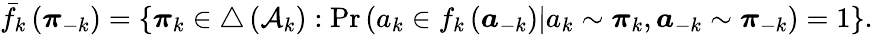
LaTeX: {\bar{f}}_{k}\left({\boldsymbol{\pi}}_{-k}\right)=\left\lbrace{\boldsymbol{\pi}}_{k}\in\triangle\left({\mathcal{A}}_{k}\right):\mathrm{Pr}\left(a_{k}\in f_{k}\left({\boldsymbol{a}}_{-k}\right)|a_{k}\sim{\boldsymbol{\pi}}_{k},{\boldsymbol{a}}_{-k}\sim{\boldsymbol{\pi}}_{-k}\right)=1\right\rbrace.